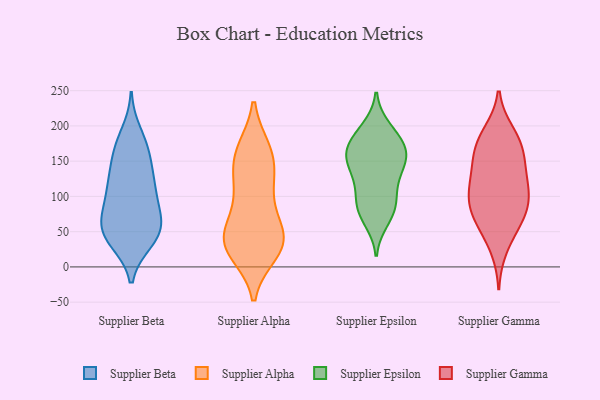
{"axis": {"x": "Backlog", "y": "Value"}, "legend": ["Supplier Alpha", "Supplier Beta", "Supplier Epsilon", "Supplier Gamma"], "data": [{"x": "", "y": 38, "type": "Supplier Beta"}, {"x": "", "y": 60, "type": "Supplier Beta"}, {"x": "", "y": 160, "type": "Supplier Beta"}, {"x": "", "y": 121, "type": "Supplier Beta"}, {"x": "", "y": 88, "type": "Supplier Beta"}, {"x": "", "y": 73, "type": "Supplier Beta"}, {"x": "", "y": 120, "type": "Supplier Beta"}, {"x": "", "y": 190, "type": "Supplier Beta"}, {"x": "", "y": 92, "type": "Supplier Beta"}, {"x": "", "y": 174, "type": "Supplier Beta"}, {"x": "", "y": 66, "type": "Supplier Beta"}, {"x": "", "y": 52, "type": "Supplier Beta"}, {"x": "", "y": 115, "type": "Supplier Beta"}, {"x": "", "y": 43, "type": "Supplier Beta"}, {"x": "", "y": 36, "type": "Supplier Beta"}, {"x": "", "y": 147, "type": "Supplier Beta"}, {"x": "", "y": 166, "type": "Supplier Beta"}, {"x": "", "y": 62, "type": "Supplier Beta"}, {"x": "", "y": 39, "type": "Supplier Beta"}, {"x": "", "y": 117, "type": "Supplier Beta"}, {"x": "", "y": 116, "type": "Supplier Alpha"}, {"x": "", "y": 39, "type": "Supplier Alpha"}, {"x": "", "y": 35, "type": "Supplier Alpha"}, {"x": "", "y": 160, "type": "Supplier Alpha"}, {"x": "", "y": 165, "type": "Supplier Alpha"}, {"x": "", "y": 164, "type": "Supplier Alpha"}, {"x": "", "y": 39, "type": "Supplier Alpha"}, {"x": "", "y": 25, "type": "Supplier Alpha"}, {"x": "", "y": 39, "type": "Supplier Alpha"}, {"x": "", "y": 145, "type": "Supplier Alpha"}, {"x": "", "y": 91, "type": "Supplier Alpha"}, {"x": "", "y": 36, "type": "Supplier Alpha"}, {"x": "", "y": 65, "type": "Supplier Alpha"}, {"x": "", "y": 118, "type": "Supplier Alpha"}, {"x": "", "y": 21, "type": "Supplier Alpha"}, {"x": "", "y": 197, "type": "Supplier Epsilon"}, {"x": "", "y": 88, "type": "Supplier Epsilon"}, {"x": "", "y": 164, "type": "Supplier Epsilon"}, {"x": "", "y": 145, "type": "Supplier Epsilon"}, {"x": "", "y": 152, "type": "Supplier Epsilon"}, {"x": "", "y": 190, "type": "Supplier Epsilon"}, {"x": "", "y": 162, "type": "Supplier Epsilon"}, {"x": "", "y": 66, "type": "Supplier Epsilon"}, {"x": "", "y": 142, "type": "Supplier Epsilon"}, {"x": "", "y": 172, "type": "Supplier Epsilon"}, {"x": "", "y": 158, "type": "Supplier Epsilon"}, {"x": "", "y": 78, "type": "Supplier Epsilon"}, {"x": "", "y": 126, "type": "Supplier Epsilon"}, {"x": "", "y": 99, "type": "Supplier Epsilon"}, {"x": "", "y": 81, "type": "Supplier Epsilon"}, {"x": "", "y": 182, "type": "Supplier Epsilon"}, {"x": "", "y": 115, "type": "Supplier Epsilon"}, {"x": "", "y": 130, "type": "Supplier Gamma"}, {"x": "", "y": 189, "type": "Supplier Gamma"}, {"x": "", "y": 66, "type": "Supplier Gamma"}, {"x": "", "y": 98, "type": "Supplier Gamma"}, {"x": "", "y": 191, "type": "Supplier Gamma"}, {"x": "", "y": 162, "type": "Supplier Gamma"}, {"x": "", "y": 59, "type": "Supplier Gamma"}, {"x": "", "y": 87, "type": "Supplier Gamma"}, {"x": "", "y": 171, "type": "Supplier Gamma"}, {"x": "", "y": 103, "type": "Supplier Gamma"}, {"x": "", "y": 123, "type": "Supplier Gamma"}, {"x": "", "y": 168, "type": "Supplier Gamma"}, {"x": "", "y": 129, "type": "Supplier Gamma"}, {"x": "", "y": 59, "type": "Supplier Gamma"}, {"x": "", "y": 97, "type": "Supplier Gamma"}, {"x": "", "y": 87, "type": "Supplier Gamma"}, {"x": "", "y": 26, "type": "Supplier Gamma"}, {"x": "", "y": 151, "type": "Supplier Gamma"}]}